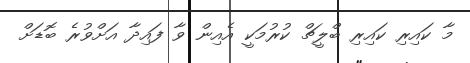
މާ ކައިރި ކައިރި ބްލީޗް ކުރުމަކީ އެއިން ވާ ފައިދާ އަށްވުރެ ބޮޑަށް